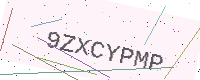
Text: 9ZXCYPMP